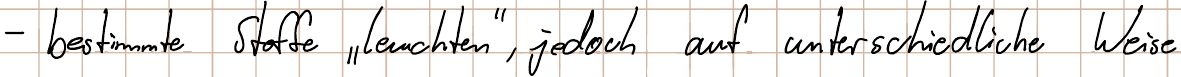
- bestimmte Stoffe "leuchten", jedoch auf unterschiedliche Weise